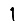
Digit: 1